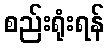
စည်းရုံးရန်